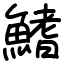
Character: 鰭